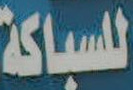
للسباكة